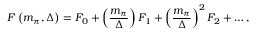
F \left( m _ { \pi } , \Delta \right) = F _ { 0 } + \left( { \frac { m _ { \pi } } { \Delta } } \right) F _ { 1 } + \left( { \frac { m _ { \pi } } { \Delta } } \right) ^ { 2 } F _ { 2 } + \ldots ,